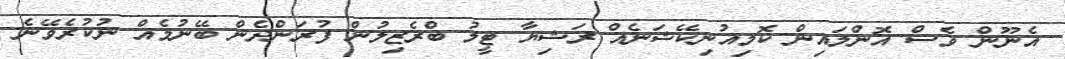
އެނޫން ވެސް އޮންލައިން ކޮމިއުނިކޭޝަނެއް ރަޝިޔާ ޓީމު ބްރެޒިލުން ފުރަންދެން ބޭނުމެއް ނުކުރެވޭނެ